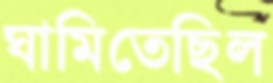
ঘামিতেছিল